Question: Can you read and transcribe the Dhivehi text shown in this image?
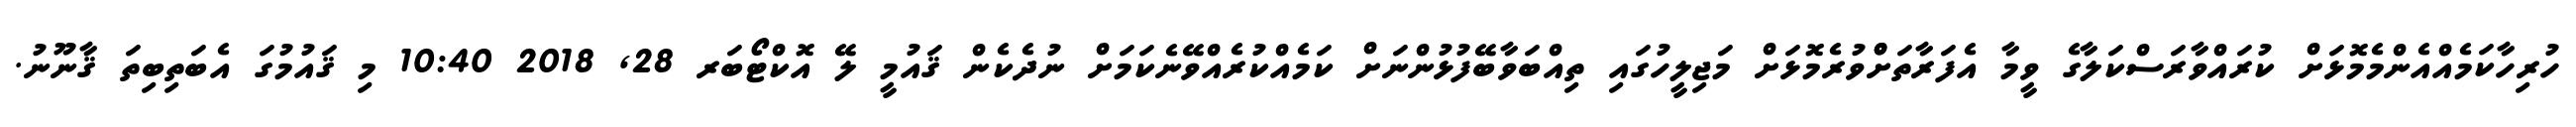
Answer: ހުރިހާކަމެއްއެންމެމޮޅަށް ކުރައްވާރަސްކަލާގެ ވީމާ އެފަރާތަށްްވުރެމޮޅަށް މަޖިލީހުގައި ތިއްބަވާބޭފުޅުންނަށް ކަމެއްކުރެއްވޭނެކަމަށް ނުދެކެން ޤައުމީ ލޭ އޮކްޓޯބަރ 28, 2018 10:40 މި ޤައުމުގަ އެބަތިބިތަ ޤާނޫނު.